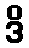
ဒိ